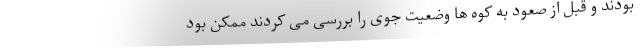
بودند و قبل از صعود به کوه ها وضعیت جوی را بررسی می کردند ممکن بود